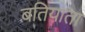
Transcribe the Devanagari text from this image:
बतियाता